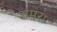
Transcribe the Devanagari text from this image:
शमरा